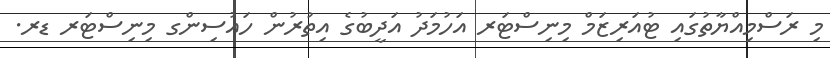
މި ރަސްމިއްޔާތުގައި ޓުއަރިޒަމް މިނިސްޓަރ އަހުމަދު އަދީބުގެ އިތުރުން ހައުސިންގ މިނިސްޓަރ ޑރ.